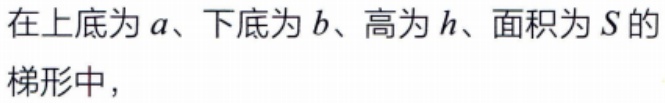
在上底为\(a\)、下底为\(b\)、高为\(h\)、面积为\(S\)的梯形中，